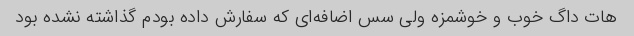
هات داگ خوب و خوشمزه ولی سس اضافه‌ای که سفارش داده بودم گذاشته نشده بود